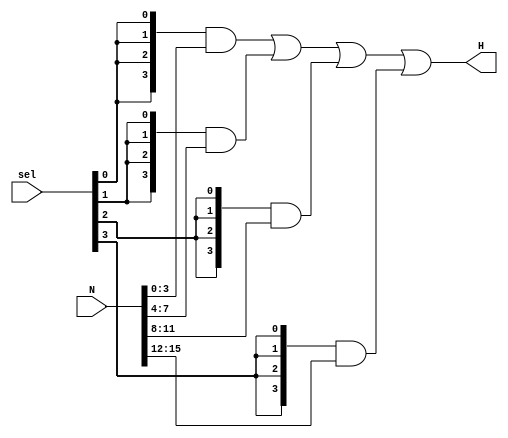
`timescale 1ns / 1ps
//////////////////////////////////////////////////////////////////////////////////
// Company: 
// Engineer: 
// 
// Design Name: 
// Module Name: Selector
// Project Name: 
// Target Devices: 
// Tool Versions: 
// Description: 
// 
// Dependencies: 
// 
// Revision:
// Revision 0.01 - File Created
// Additional Comments:
// 
//////////////////////////////////////////////////////////////////////////////////


module Selector(

input [3:0] sel,
input [15:0] N,
output [3:0] H


    );
    
    assign H = ({4{sel[0]}}&N[3:0])|({4{sel[1]}}&N[7:4])|({4{sel[2]}}&N[11:8])|({4{sel[3]}}&N[15:12]);
 
endmodule